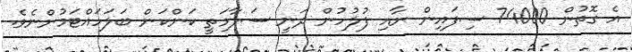
އެ ގޮތުން 74000 ސިފައިން ނާއި ފުލުހުން ދަނީ ސަލާމަތީ ކަންކަން ބަލަހައްޓަމުންނެވެ.